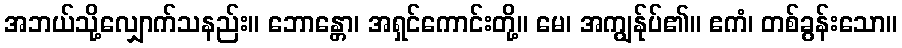
အဘယ်သို့လျှောက်သနည်း။ ဘောန္တော၊ အရှင်ကောင်းတို့။ မေ၊ အကျွန်ုပ်၏။ ဧကံ၊ တစ်ခွန်းသော။